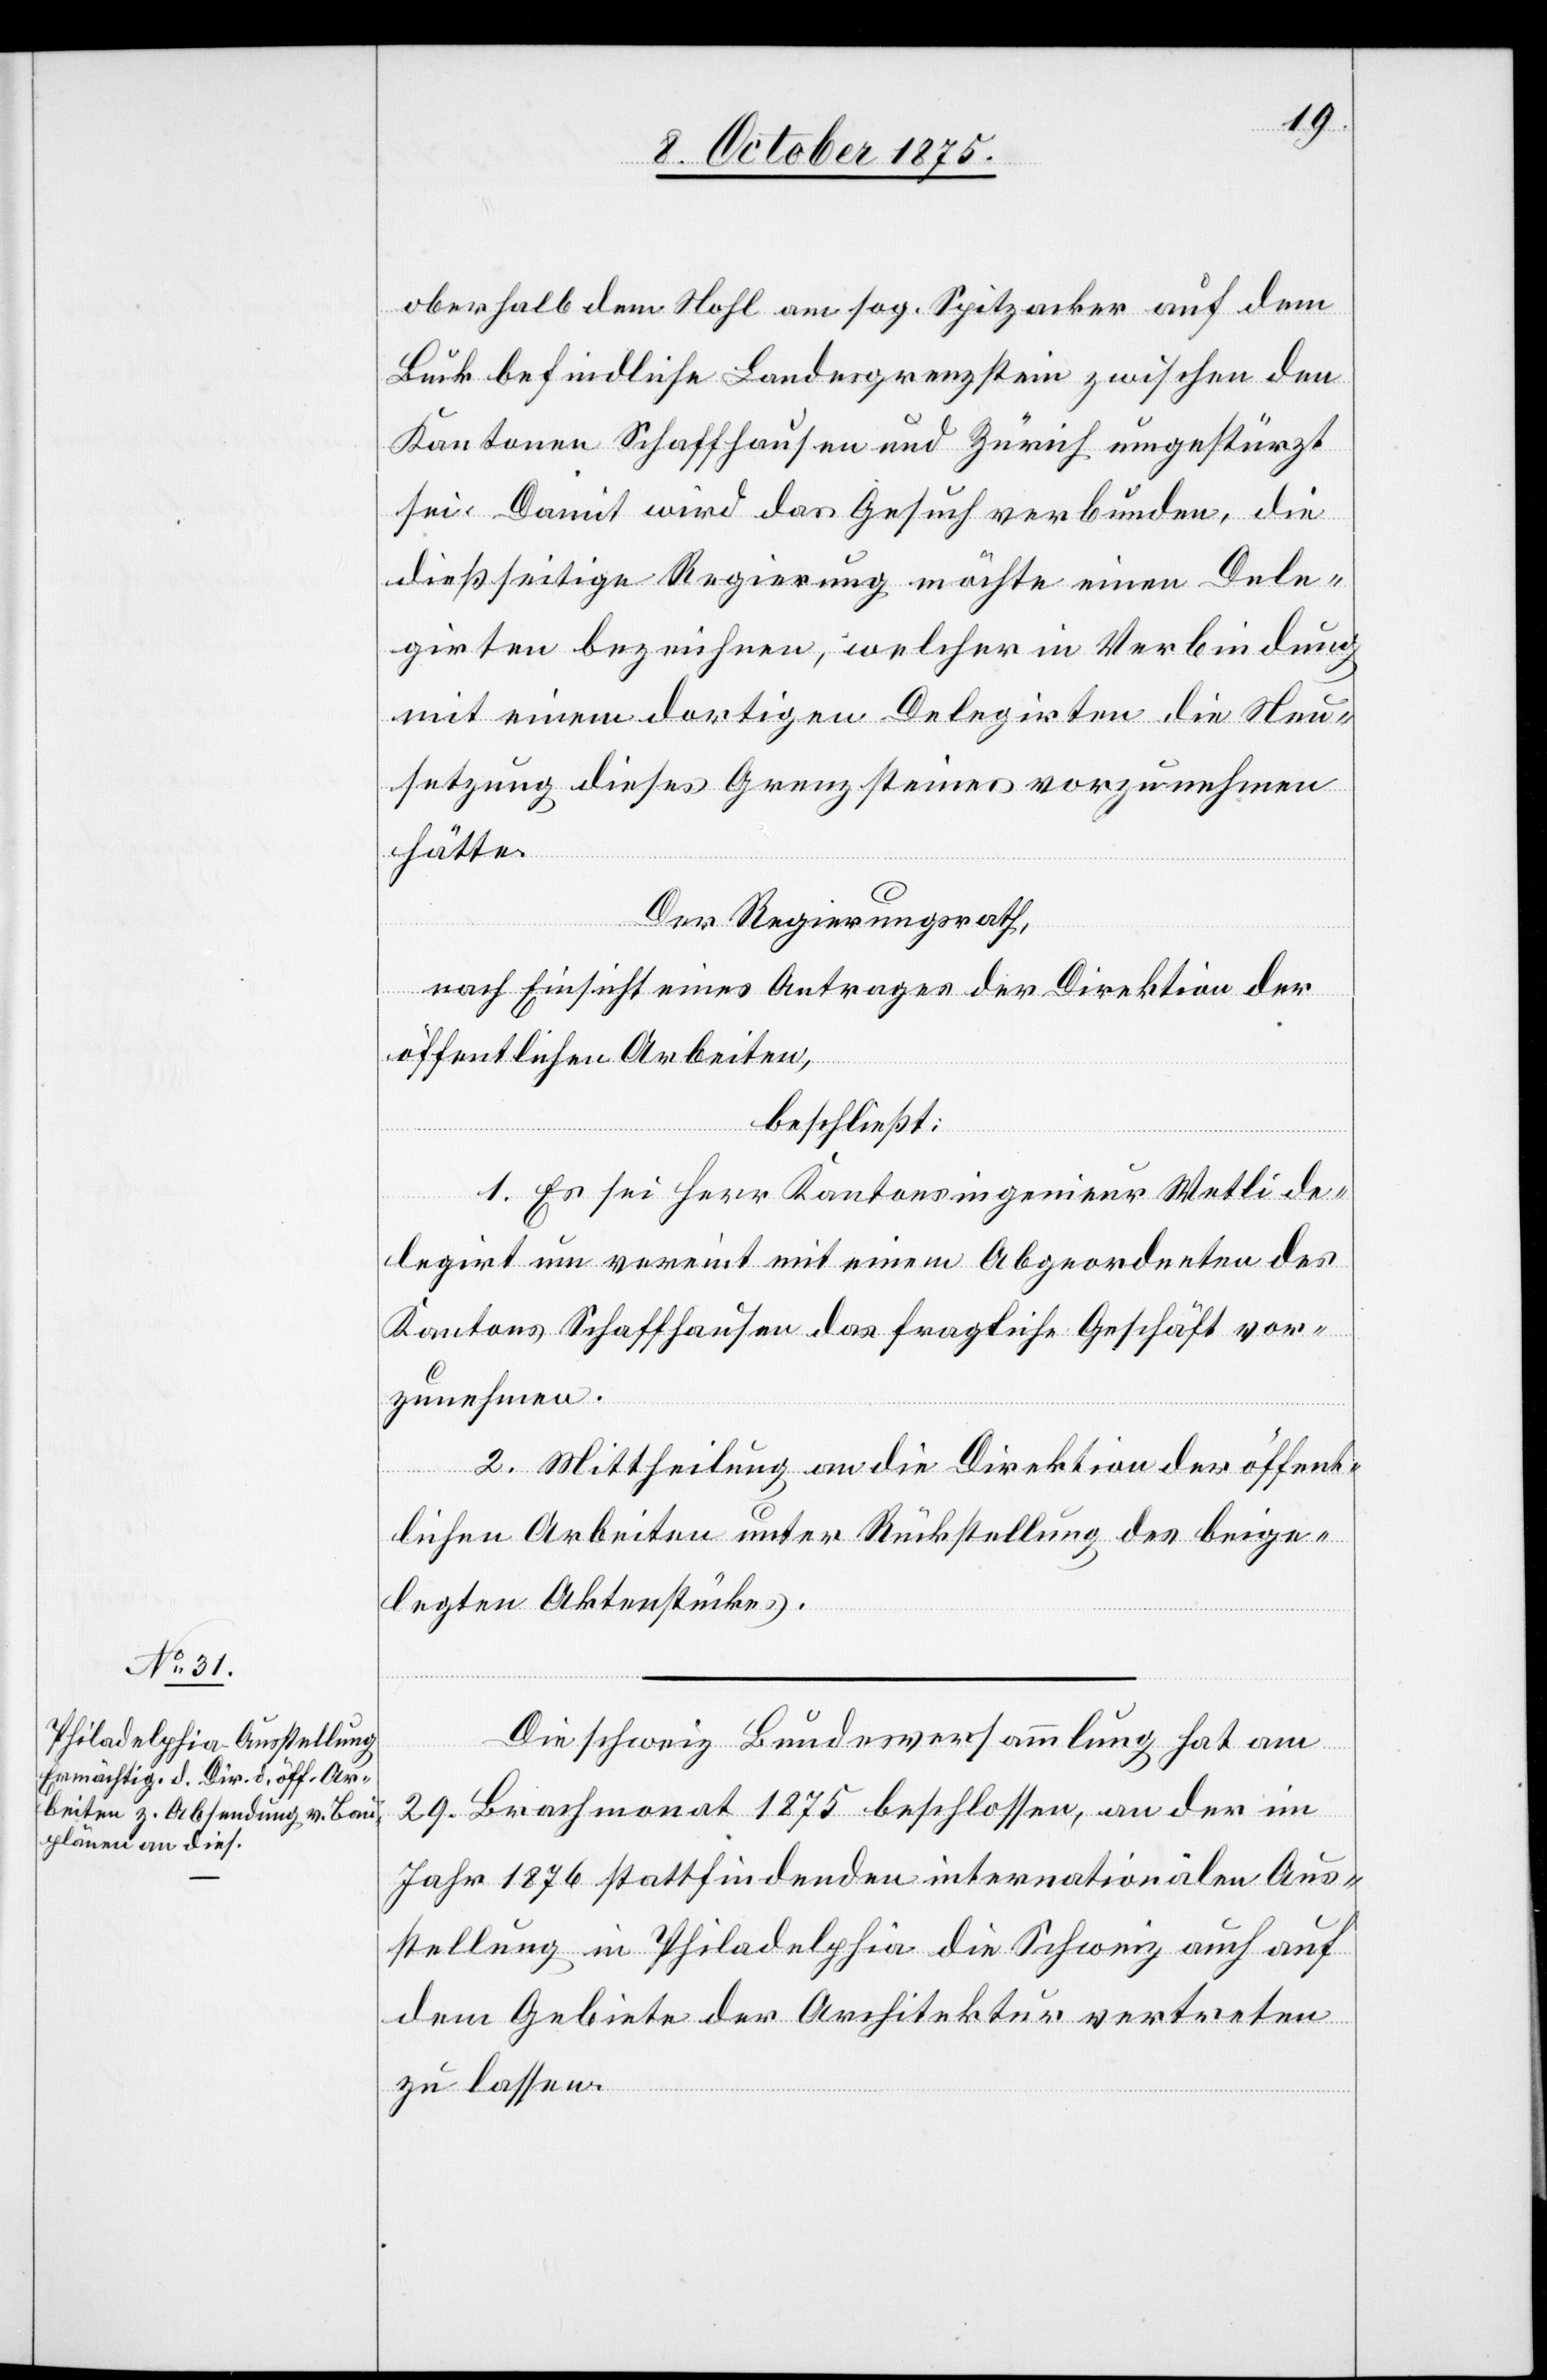
oberhalb dem Nohl am sog. Spitzacker auf dem
Buck befindliche Landesgrenzstein zwischen den
Kantonen Schaffhausen und Zürich umgestürzt
sei. Damit wird das Gesuch verbunden, die
dießseitige Regierung möchte einen Dele¬
girten bezeichnen, welcher in Verbindung
mit einem dortigen Delegirten die Neu¬
setzung dieses Grenzsteines vorzunehmen
hätte.
Der Regierungsrath,
nach Einsicht eines Antrages der Direktion der
öffentlichen Arbeiten,
beschließt:
1. Es sei Herr Kantonsingenieur Wetli de¬
legirt um vereint mit einem Abgeordneten des
Kantons Schaffhausen das fragliche Geschäft vor¬
zunehmen.
2. Mittheilung an die Direktion der öffent¬
lichen Arbeiten unter Rückstellung des beige¬
legten Aktenstückes.
Die schweiz. Bundesversammlung hat am
29. Herbstmonat 1875 beschlossen, an der im
Jahr 1876 stattfindenden internationalen Aus¬
stellung in Philadelphia die Schweiz auch auf
dem Gebiete der Architektur vertreten
zu lassen.